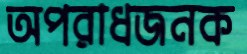
অপরাধজনক